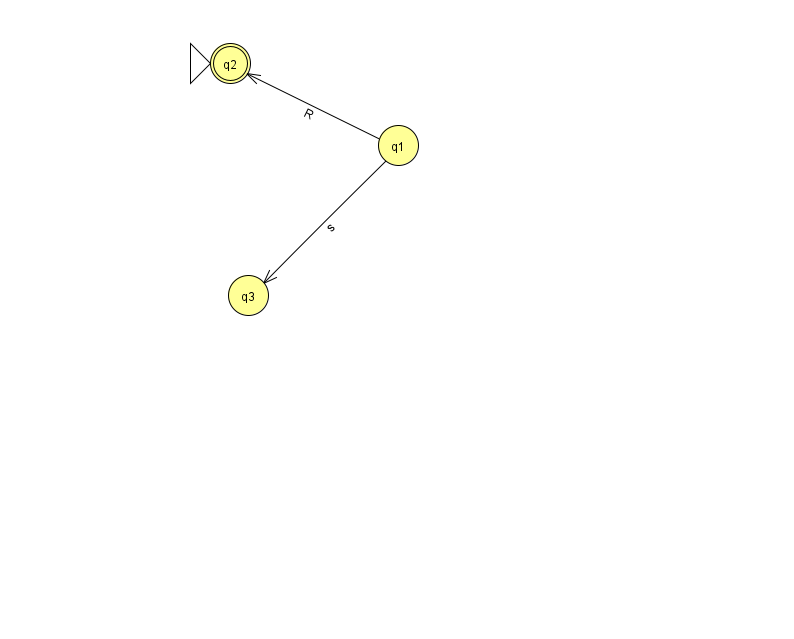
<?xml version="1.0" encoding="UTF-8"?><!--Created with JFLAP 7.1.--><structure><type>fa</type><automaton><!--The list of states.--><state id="1" name="q1"><x>398.0</x><y>132.0</y></state><state id="2" name="q2"><x>230.0</x><y>50.0</y><initial/><final/></state><state id="3" name="q3"><x>248.0</x><y>282.0</y></state><!--The list of transitions.--><transition><from>1</from><to>2</to><read>R</read></transition><transition><from>1</from><to>3</to><read>s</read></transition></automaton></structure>